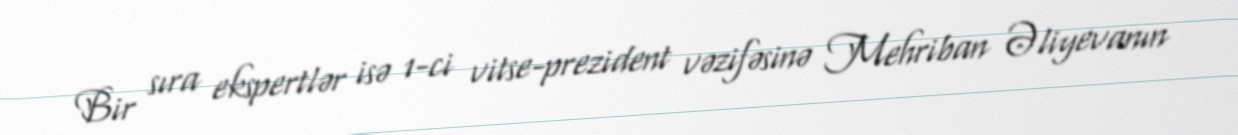
Bir sıra ekspertlər isə 1-ci vitse-prezident vəzifəsinə Mehriban Əliyevanın